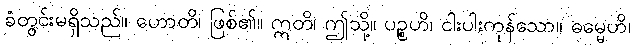
ခံတွင်းမရှိသည်။ ဟောတိ၊ ဖြစ်၏။ ဣတိ၊ ဤသို့။ ပဉ္စဟိ၊ ငါးပါးကုန်သော။ ဓမ္မေဟိ၊